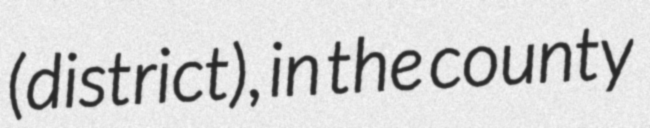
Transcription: (district), in the county